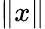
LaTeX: \Vert x\Vert